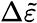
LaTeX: \Delta\widetilde{\varepsilon}